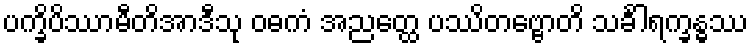
ပက္ခိပိဿာမီတိအာဒီသု ဝဓကံ အညတ္ထေ ပဿိတဗ္ဗောတိ သင်္ခါရက္ခန္ဓဿ